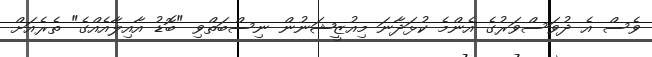
ވެސް އެ ދުވަސްވަރުގެ އެންމެ ކުޅަދާނަ މިއުޒީޝަނުން ނިސްބަތްވި "ބޮޑު އާއިލާއެއްގެ" ތެރެއަށް